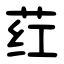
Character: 荭